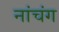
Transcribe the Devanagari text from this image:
नांचंग